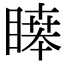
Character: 𥊊